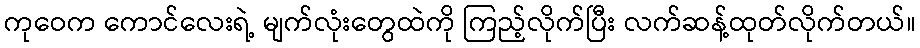
ကုဝေက ကောင်လေးရဲ့ မျက်လုံးတွေထဲကို ကြည့်လိုက်ပြီး လက်ဆန့်ထုတ်လိုက်တယ်။